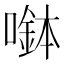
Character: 𡀖